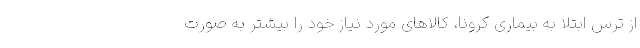
از ترس ابتلا به بیماری کرونا، کالاهای مورد نیاز خود را بیشتر به صورت